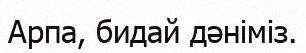
Арпа, бидай дәніміз.